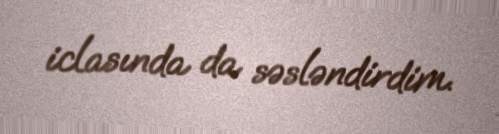
iclasında da səsləndirdim.